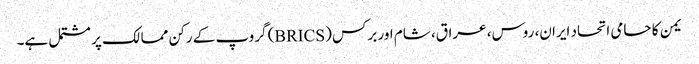
یمن کا حامی اتحاد ایران، روس، عراق، شام اور برکس (BRICS) گروپ کے رکن ممالک پر مشتمل ہے۔